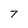
Character: 7